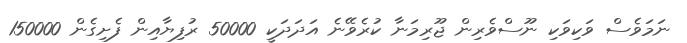
ނަމަވެސް ވަކިވަކި ނޫސްވެރިން ޖޫރިމަނާ ކުރެވޭނެ އަދަދަކީ 50000 ރުފިޔާއިން ފެށިގެން 150000